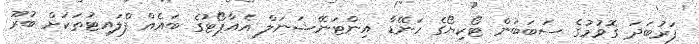
ފަރުބަދަ ގޮވުމުގެ ސަބަބުން ޓޯކިޔޯގެ ހަނޭޑާ އިންޓަނޭޝަނަލް އެއާޕޯޓުގެ ބައެއް ފްލައިޓުތަކަށް ބުރޫ